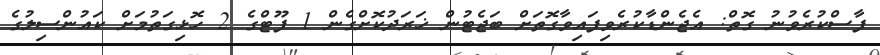
ފާސްކުރެވުނު ގޮތް: އެޖެންޑާކުރެވިފައިވާގޮތަށް ބަޖެޓުން ޚަރަދުކޮށްގެން 1 ފޫޓްގެ 2 ހޮޅިގަތުމަށް ކައުންސިލުގެ